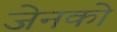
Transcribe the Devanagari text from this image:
जेनको